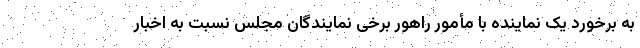
به برخورد یک نماینده با مأمور راهور برخی نمایندگان مجلس نسبت به اخبار